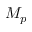
M _ { p }